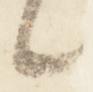
々